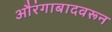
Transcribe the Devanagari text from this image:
औरंगाबादवरून